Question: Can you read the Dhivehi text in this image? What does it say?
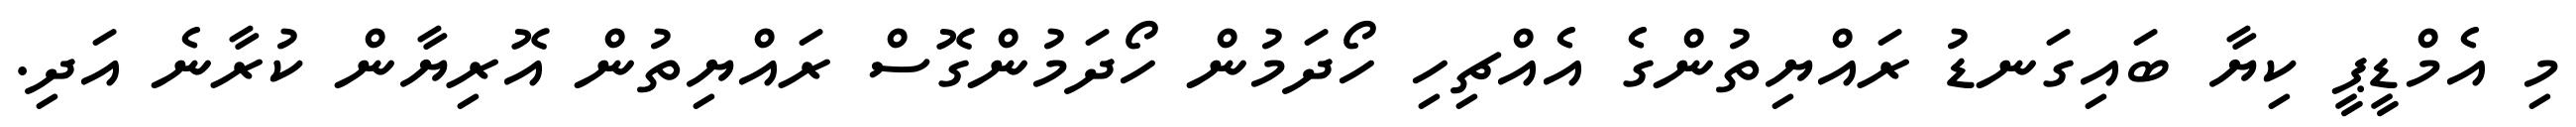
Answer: މި އެމްޑީޕީ ކިޔާ ބައިގަނޑު ރައްޔިތުންގެ އެއްޗިހި ހޯދަމުން ހޯދަމުންގޮސް ރައްޔިތުން އޮރިޔާން ކުރާނެ އަދި.